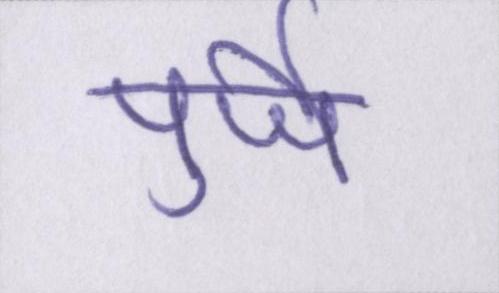
पुर्जे